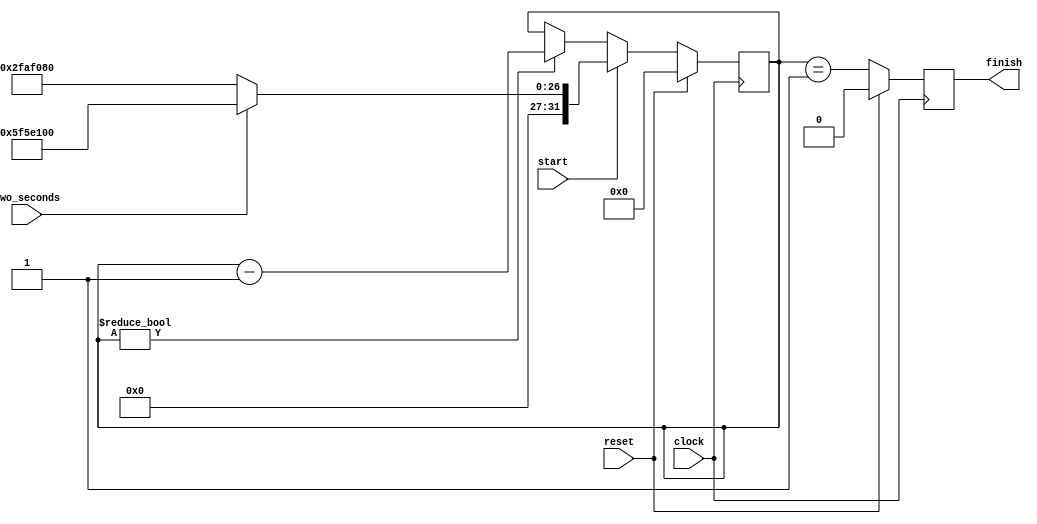
module timer
# (parameter clocks_per_second = 50_000_000)
(
    input      clock,
    input      reset,
    input      start,
    input      two_seconds,
    output reg finish
);

    reg [31:0] counter;

    always @(posedge clock)
    begin
        if (reset)
        begin
            counter <= 0;
            finish  <= 0;
        end
        else
        begin
            if (start)
                counter <= two_seconds ?
                    2 * clocks_per_second : clocks_per_second;
            else if (counter != 0)
                counter <= counter - 1;
            
            finish <= (counter == 1);
        end
    end

endmodule